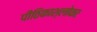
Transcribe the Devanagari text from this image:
पीठिकाश्लोकाः